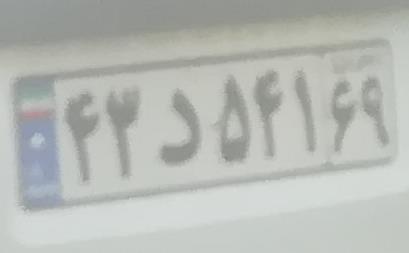
۴۳د۵۴۱۶۹